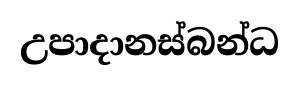
උපාදානස්බන්ධ